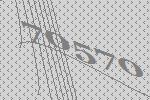
70570